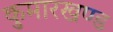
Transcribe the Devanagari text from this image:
कुमारखण्ड